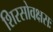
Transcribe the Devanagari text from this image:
शिरसोवक्षसः